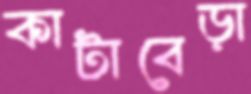
কাটাবেড়া